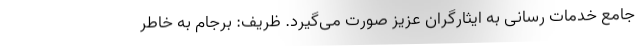
جامع خدمات رسانی به ایثارگران عزیز صورت می‌گیرد. ظریف: برجام به خاطر